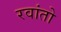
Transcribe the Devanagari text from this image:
रवांतो